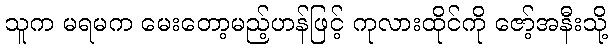
သူက မရမက မေးတော့မည့်ဟန်ဖြင့် ကုလားထိုင်ကို ဇော့်အနီးသို့